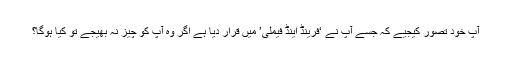
آپ خود تصور کیجیے کہ جسے آپ نے ‘فرینڈ اینڈ فیملی’ میں قرار دیا ہے اگر وہ آپ کو چیز نہ بھیجے تو کیا ہوگا؟